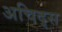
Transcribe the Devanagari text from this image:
अचिद्स